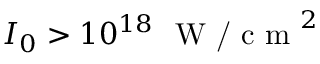
I _ { 0 } > 1 0 ^ { 1 8 } \ \textrm { W / c m } ^ { 2 }